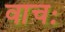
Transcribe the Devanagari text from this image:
वाचः